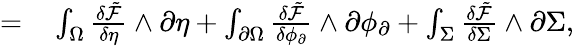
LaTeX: \begin{array}{rl}{=}&{{}\int_{\Omega}\frac{\delta\tilde{\mathcal{F}}}{\delta\eta}\wedge\partial\eta+\int_{\partial\Omega}\frac{\delta\tilde{\mathcal{F}}}{\delta\phi_{\partial}}\wedge\partial\phi_{\partial}+\int_{\Sigma}\frac{\delta\tilde{\mathcal{F}}}{\delta\Sigma}\wedge\partial\Sigma,}\end{array}